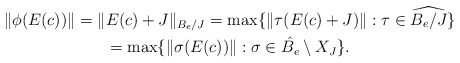
\begin{gather*} \|\phi(E(c))\|=\|E(c)+J\|_{B_e/J}=\max\{\|\tau (E(c)+J)\|:\tau\in \widehat{B_e/J}\}\\ =\max\{\|\sigma (E(c))\|:\sigma\in \hat{B_e}\setminus X_J\}. \end{gather*}